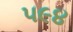
૫૯૪